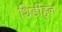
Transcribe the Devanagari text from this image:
शिर्डीहून